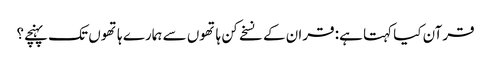
قرآن کیا کہتا ہے: قران کے نسخے کن ہاتھوں سے ہمارے ہاتھوں تک پہنچے؟